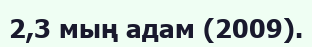
2,3 мың адам (2009).